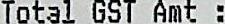
TOTAL GST AMT: